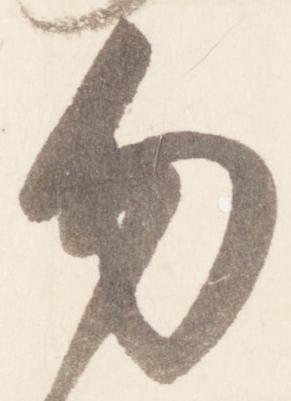
勿